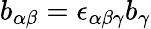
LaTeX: b_{\alpha\beta}=\epsilon_{\alpha\beta\gamma}b_{\gamma}